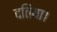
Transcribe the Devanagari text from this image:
दतिया।